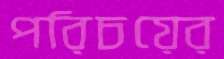
পরিচয়ের